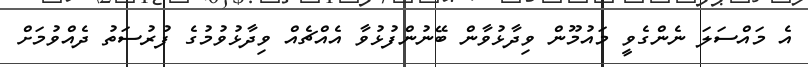
އެ މައްސަލަ ނެންގެވީ މައުމޫން ވިދާޅުވާން ބޭނުންފުޅުވާ އެއްޗެއް ވިދާޅުވުމުގެ ފުރުސަތު ދެއްވުމަށް